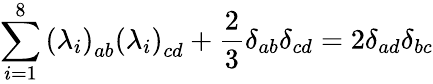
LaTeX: \sum_{i=1}^{8}\left(\lambda_{i}\right)_{ab}\left(\lambda_{i}\right)_{cd}+\frac{2}{3}\delta_{ab}\delta_{cd}=2\delta_{ad}\delta_{bc}